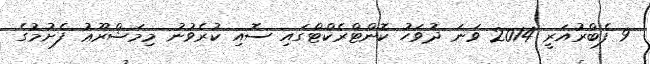
9 ފެބްރުއަރީ 2014 ވަނަ ދުވަހު ކޮންޓްރެކްޓްގައި ސޮއި ކުރެވުނު މިމަޝްރޫޢު ފެށުމުގެ